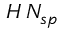
H \, N _ { s p }